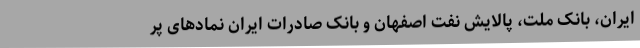
ایران، بانک ملت، پالایش نفت اصفهان و بانک صادرات ایران نمادهای پر